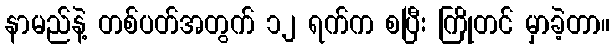
နာမည်နဲ့ တစ်ပတ်အတွက် ၁၂ ရက်က စပြီး ကြိုတင် မှာခဲ့တာ။